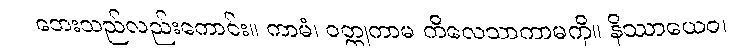
ဘေးသည်လည်းကောင်း။ ကာမံ၊ ဝတ္ထုကာမ ကိလေသာကာမကို။ နိဿာယေဝ၊